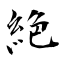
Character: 絶